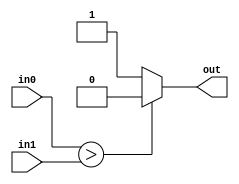
// To include other Verilog files within a specified directory:
// cpp_verilator_include_dir:

// To specify Verilator command line options:
// cpp_verilator_options:

// To run a specified shell command before Verilator is run on this module:
// cpp_verilator_pre_command:

// -> Note that the above statements must be preceeded with '//' as shown

module comparer_try(in0, in1, out);


input [11:0] in0;
input [11:0] in1;
output out;

assign out = in0>in1 	? 0 : 1;

endmodule